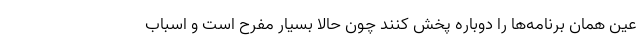
عین همان برنامه‌ها را دوباره پخش کنند چون حالا بسیار مفرح است و اسباب